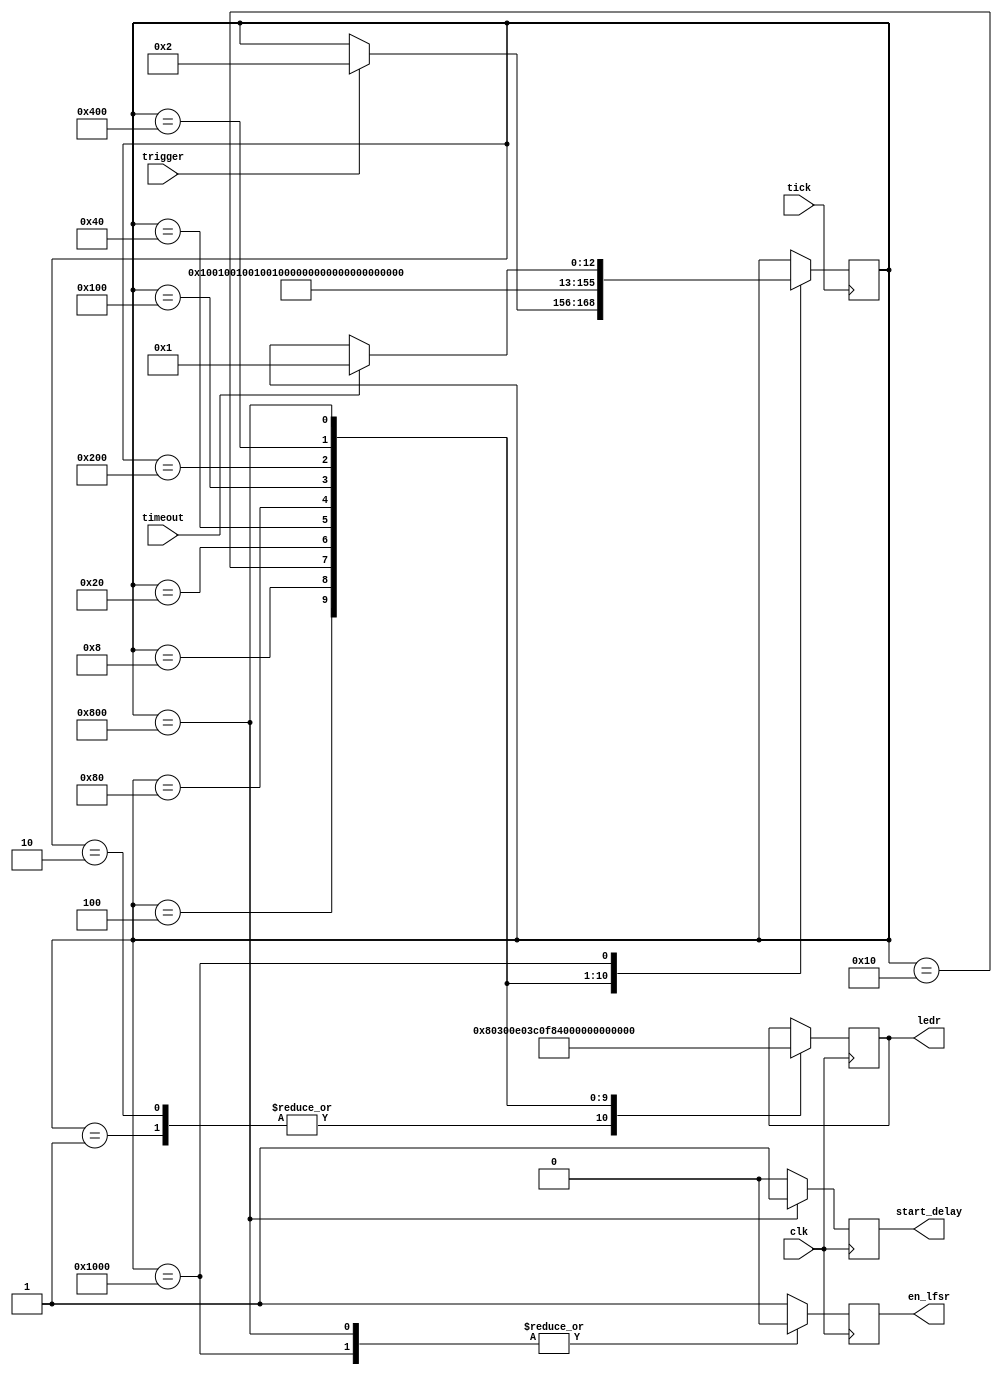
module starting_lights_fsm(
    clk, tick, trigger, timeout,
    en_lfsr, start_delay, ledr
);

input clk;
input tick;
input trigger;
input timeout;

output       en_lfsr;
output       start_delay;
output [9:0] ledr;

reg       en_lfsr = 1;
reg       start_delay;
reg [9:0] ledr;

parameter S_WAIT       = 13'b0000000000001;
parameter S_LED0       = 13'b0000000000010;
parameter S_LED1       = 13'b0000000000100;
parameter S_LED2       = 13'b0000000001000;
parameter S_LED3       = 13'b0000000010000;
parameter S_LED4       = 13'b0000000100000;
parameter S_LED5       = 13'b0000001000000;
parameter S_LED6       = 13'b0000010000000;
parameter S_LED7       = 13'b0000100000000;
parameter S_LED8       = 13'b0001000000000;
parameter S_LED9       = 13'b0010000000000;
parameter S_LED10      = 13'b0100000000000;
parameter S_DELAY_WAIT = 13'b1000000000000;
reg [12:0] state = S_WAIT;

// state transitions
always @(posedge tick)
    case (state)
        S_WAIT:  if (trigger == 1'b1) state <= S_LED0;
        S_LED0:  state <= S_LED1;
        S_LED1:  state <= S_LED2;
        S_LED2:  state <= S_LED3;
        S_LED3:  state <= S_LED4;
        S_LED4:  state <= S_LED5;
        S_LED5:  state <= S_LED6;
        S_LED6:  state <= S_LED7;
        S_LED7:  state <= S_LED8;
        S_LED8:  state <= S_LED9;
        S_LED9:  state <= S_LED10;
        S_LED10: state <= S_DELAY_WAIT;
        S_DELAY_WAIT: if (timeout == 1'b1) state <= S_WAIT;
    endcase

// start_delay
always @(posedge clk)
    case (state)
        S_LED10: start_delay <= 1'b1;
        default: start_delay <= 1'b0;
    endcase

// LFSR
always @(posedge clk)
    case (state)
        S_LED10:      en_lfsr <= 1'b0;
        S_DELAY_WAIT: en_lfsr <= 1'b0;
        default:      en_lfsr <= 1'b1;
    endcase

// LED output
always @(posedge clk)
    case (state)
      S_WAIT:  ledr <= 10'b0000000000;
      S_LED0:  ledr <= 10'b0000000000;
      S_LED1:  ledr <= 10'b1000000000;
      S_LED2:  ledr <= 10'b1100000000;
      S_LED3:  ledr <= 10'b1110000000;
      S_LED4:  ledr <= 10'b1111000000;
      S_LED5:  ledr <= 10'b1111100000;
      S_LED6:  ledr <= 10'b1111110000;
      S_LED7:  ledr <= 10'b1111111000;
      S_LED8:  ledr <= 10'b1111111100;
      S_LED9:  ledr <= 10'b1111111110;
      S_LED10: ledr <= 10'b1111111111;
    endcase

endmodule